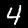
Label: 4